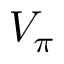
V _ { \pi }